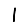
Digit: 1